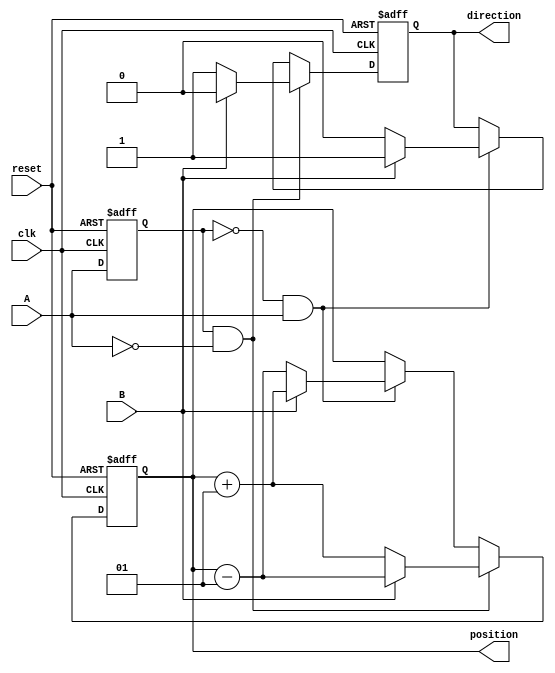
module rotary_encoder (
    input wire clk,
    input wire A,
    input wire B,
    input wire reset,
    output reg signed [31:0] position,
    output reg direction
);

// State variables for the previous A and B signals
reg A_prev, B_prev;

// Asynchronous reset
always @(posedge clk or posedge reset) begin
    if (reset) begin
        position <= 0;
        direction <= 0;
        A_prev <= 0;
        B_prev <= 0;
    end else begin
        // Sample the previous states
        A_prev <= A;
        B_prev <= B;

        // Detect rising edge of A
        if (A_prev == 0 && A == 1) begin
            if (B == 1) begin
                position <= position + 1; // Clockwise
                direction <= 1;
            end else begin
                position <= position - 1; // Counterclockwise
                direction <= 0;
            end
        end

        // Detect falling edge of A
        if (A_prev == 1 && A == 0) begin
            if (B == 1) begin
                position <= position - 1; // Counterclockwise
                direction <= 0;
            end else begin
                position <= position + 1; // Clockwise
                direction <= 1;
            end
        end
    end
end

endmodule